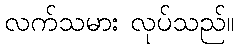
လက်သမား လုပ်သည်။